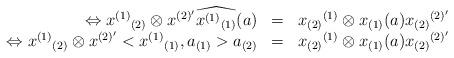
LaTeX: \begin{align*}\begin{array}{rcl}\Leftrightarrow x^{(1)}{}_{(2)}\otimes x^{(2)'}\widehat{x^{(1)}{}_{(1)}}(a) & =&x_{(2)}{}^{(1)}\otimes x_{(1)}(a) x_{(2)}{}^{(2)'}\\\Leftrightarrow x^{(1)}{}_{(2)}\otimes x^{(2)'}<x^{(1)}{}_{(1)},a_{(1)}>a_{(2)} & = &x_{(2)}{}^{(1)}\otimes x_{(1)}(a) x_{(2)}{}^{(2)'}\end{array}\end{align*}